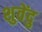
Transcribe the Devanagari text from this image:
शुवेंदु